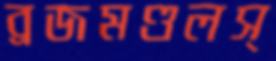
ব্রজমণ্ডলস্